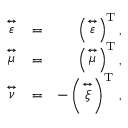
\begin{array} { r l r } { \stackrel { \leftrightarrow } { \varepsilon } } & { = } & { \left( \stackrel { \leftrightarrow } { \varepsilon } \right) ^ { \mathrm { T } } , } \\ { \stackrel { \leftrightarrow } { \mu } } & { = } & { \left( \stackrel { \leftrightarrow } { \mu } \right) ^ { \mathrm { T } } , } \\ { \stackrel { \leftrightarrow } { \nu } } & { = } & { - \left( \stackrel { \leftrightarrow } { \xi } \right) ^ { \mathrm { T } } \, , } \end{array}